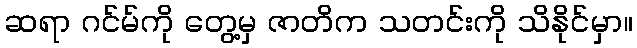
ဆရာ ဂင်မ်ကို တွေ့မှ ဇာတိက သတင်းကို သိနိုင်မှာ။